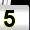
Digit: 5